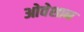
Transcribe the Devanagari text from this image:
ओवेशान